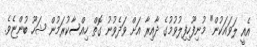
އެއީ ލަވައަކުން" މުނިފޫހިފިލުވުމުގެ ދާއިރާ އަށް ވަދެވުނު ގޮތް ހިއްސާކުރަމުން ޝަހޫ ބުންޏެވެ.